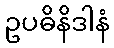
ဥပဓိနိဒါနံ